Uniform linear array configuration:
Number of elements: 8
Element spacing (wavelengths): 1
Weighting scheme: exponential
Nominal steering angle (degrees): -60
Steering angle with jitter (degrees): -58.155
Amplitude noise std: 0.05
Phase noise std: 0.05

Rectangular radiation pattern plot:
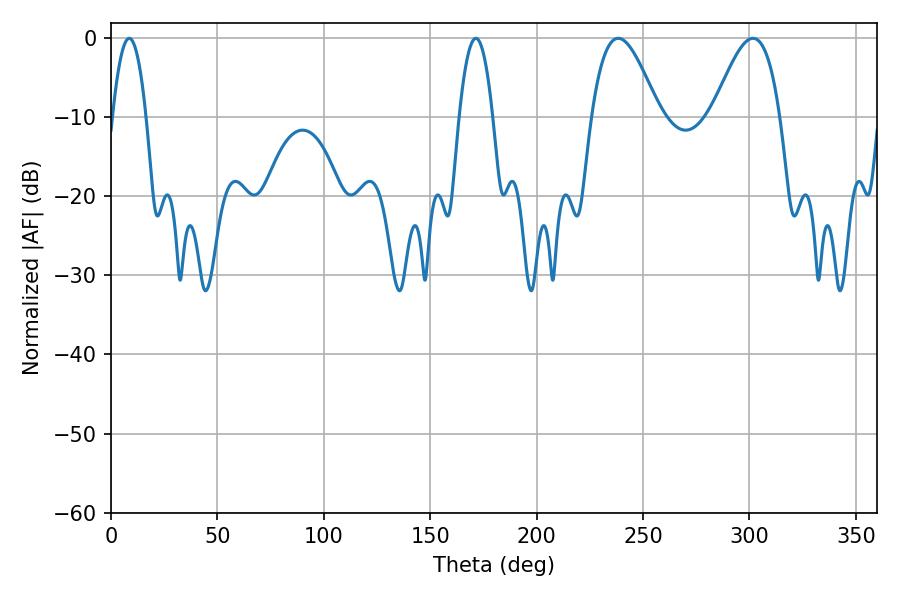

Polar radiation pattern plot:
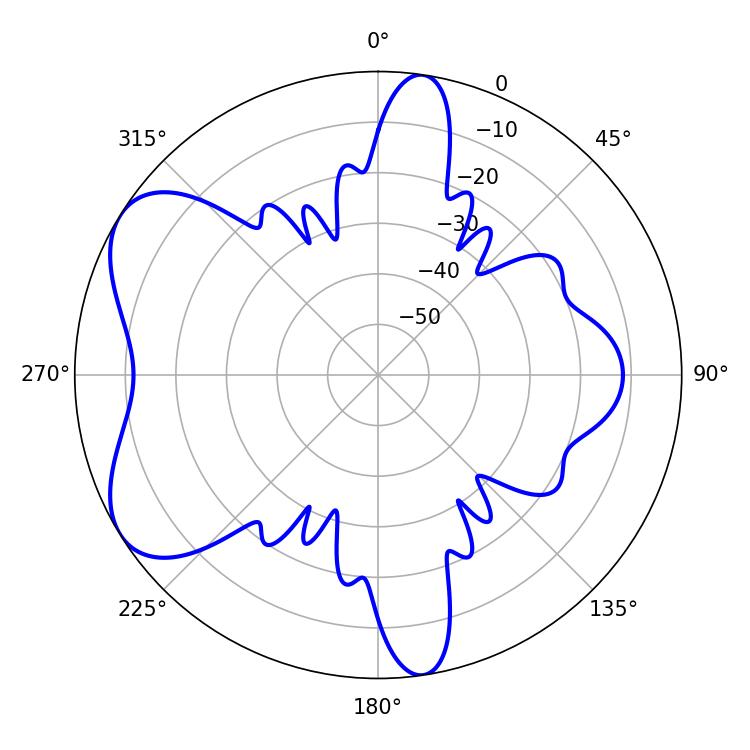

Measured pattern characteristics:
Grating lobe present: TRUE
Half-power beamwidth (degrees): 17.1
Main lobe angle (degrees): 238.32